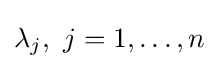
\lambda _{j},\ j=1,\ldots ,n